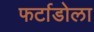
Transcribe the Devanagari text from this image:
फर्टाडोला